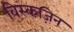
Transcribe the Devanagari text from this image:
विस्कज़िन